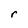
Character: r